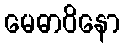
မေဓာဝိနော